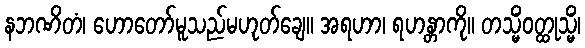
နဘဏိတံ၊ ဟောတော်မူသည်မဟုတ်ချေ။ အရဟာ၊ ရဟန္တာကို။ တသ္မိံဝတ္ထုသ္မိံ၊